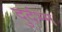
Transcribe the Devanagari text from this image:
दुर्दभ्म